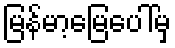
မြန်မာ့မြေပေါ်မှ